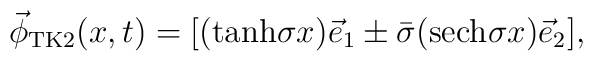
\vec{\phi}_{{\rm TK}2}(x,t)=[({\rm tanh}\sigma x)\vec{e}_1\pm\bar{\sigma} ({\rm sech}\sigma x )\vec{e}_2],